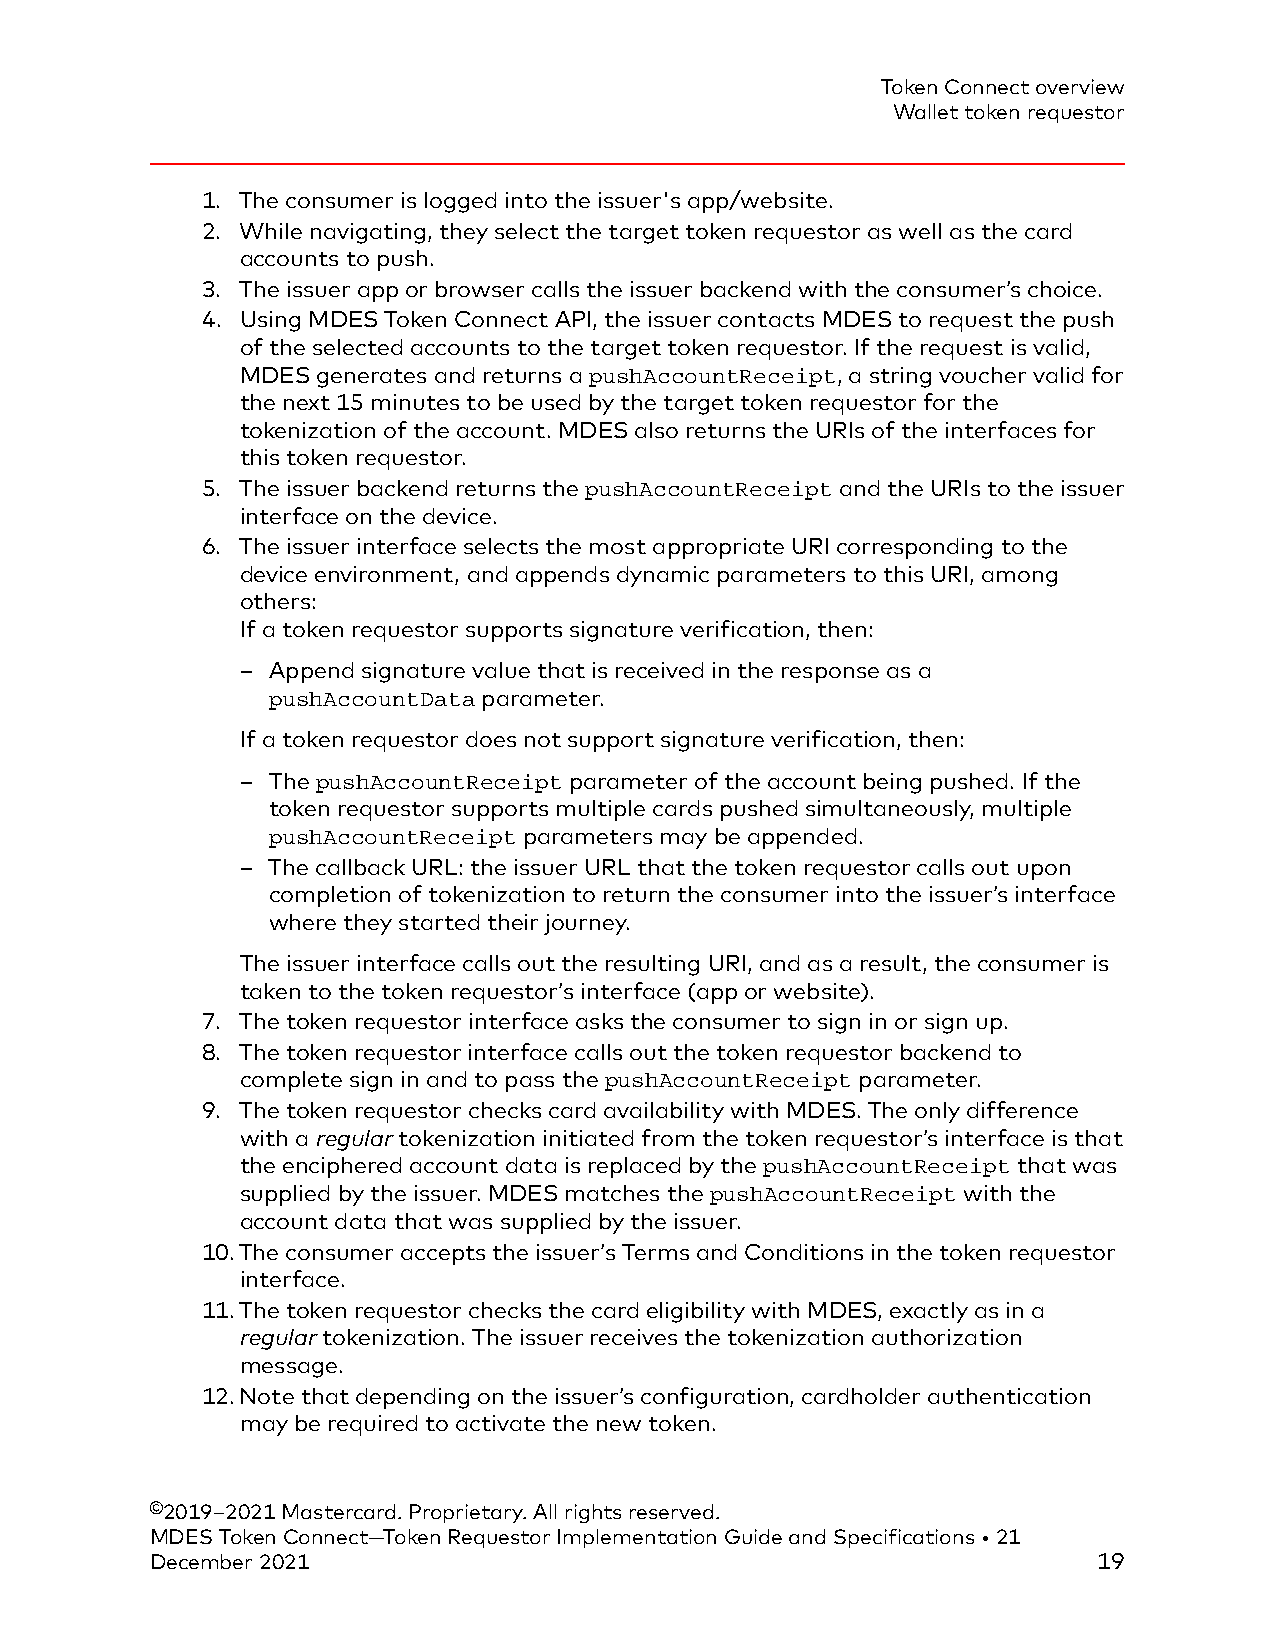
Token Connect overview
 Wallet token requestor
 1. The consumer is logged into the issuer's app/website.
 2. While navigating, they select the target token requestor as well as the card
 accounts to push.
 3. The issuer app or browser calls the issuer backend with the consumer’s choice.
 4. Using MDES Token Connect API, the issuer contacts MDES to request the push
 of the selected accounts to the target token requestor. If the request is valid,
 MDES generates and returns a pushAccountReceipt, a string voucher valid for
 the next 15 minutes to be used by the target token requestor for the
 tokenization of the account. MDES also returns the URIs of the interfaces for
 this token requestor.
 5. The issuer backend returns the pushAccountReceipt and the URIs to the issuer
 interface on the device.
 6. The issuer interface selects the most appropriate URI corresponding to the
 device environment, and appends dynamic parameters to this URI, among
 others:
 If a token requestor supports signature verification, then:
 – Append signature value that is received in the response as a
 pushAccountData parameter.
 If a token requestor does not support signature verification, then:
 – The pushAccountReceipt parameter of the account being pushed. If the
 token requestor supports multiple cards pushed simultaneously, multiple
 pushAccountReceipt parameters may be appended.
 – The callback URL: the issuer URL that the token requestor calls out upon
 completion of tokenization to return the consumer into the issuer’s interface
 where they started their journey.
 The issuer interface calls out the resulting URI, and as a result, the consumer is
 taken to the token requestor’s interface (app or website).
 7. The token requestor interface asks the consumer to sign in or sign up.
 8. The token requestor interface calls out the token requestor backend to
 complete sign in and to pass the pushAccountReceipt parameter.
 9. The token requestor checks card availability with MDES. The only difference
 with a regular tokenization initiated from the token requestor’s interface is that
 the enciphered account data is replaced by the pushAccountReceipt that was
 supplied by the issuer. MDES matches the pushAccountReceipt with the
 account data that was supplied by the issuer.
 10.The consumer accepts the issuer’s Terms and Conditions in the token requestor
 interface.
 11.The token requestor checks the card eligibility with MDES, exactly as in a
 regular tokenization. The issuer receives the tokenization authorization
 message.
 12.Note that depending on the issuer’s configuration, cardholder authentication
 may be required to activate the new token.
 ©2019–2021 Mastercard. Proprietary. All rights reserved.
 MDES Token Connect—Token Requestor Implementation Guide and Specifications • 21
 December 2021                                                  19